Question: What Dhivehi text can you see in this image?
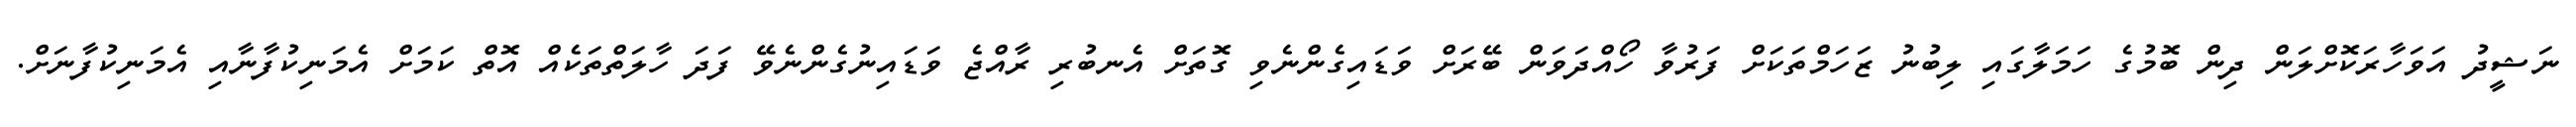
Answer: ނަޝީދު އަވަހާރަކޮށްލަން ދިން ބޮމުގެ ހަމަލާގައި ލިބުނު ޒަހަމްތަކަށް ފަރުވާ ހޯއްދަވަން ބޭރަށް ވަޑައިގެންނެވި ގޮތަށް އެނބުރި ރާއްޖެ ވަޑައިނުގެންނެވޭ ފަދަ ހާލަތްތަކެއް އޮތް ކަމަށް އެމަނިކުފާނާއި އެމަނިކުފާނަށް.